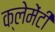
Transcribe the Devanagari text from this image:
क्लेमेंटी